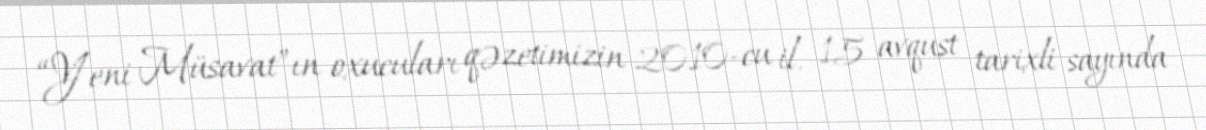
“Yeni Müsavat”ın oxucuları qəzetimizin 2010-cu il, 15 avqust tarixli sayında